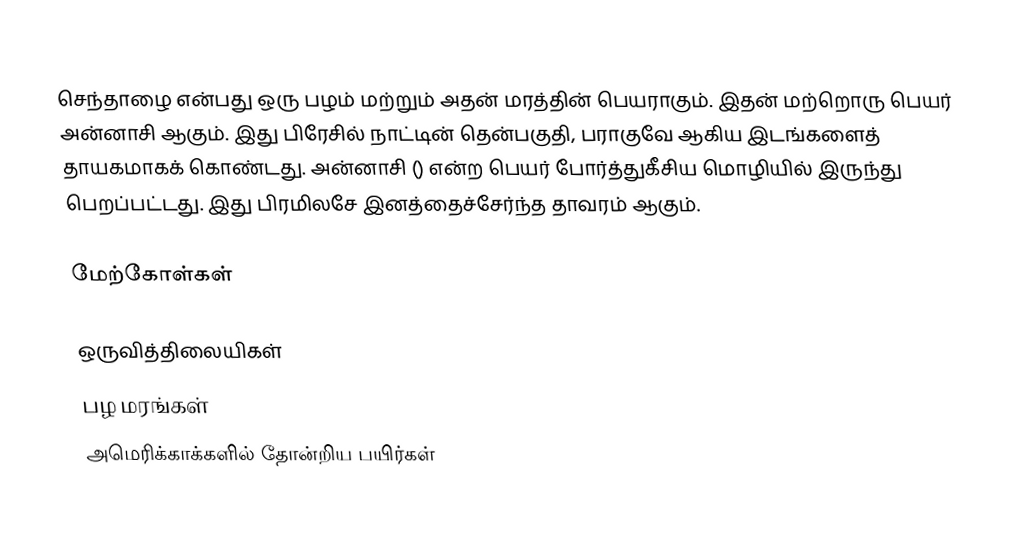
செந்தாழை என்பது ஒரு பழம் மற்றும் அதன் மரத்தின் பெயராகும். இதன் மற்றொரு பெயர் அன்னாசி ஆகும். இது பிரேசில் நாட்டின் தென்பகுதி, பராகுவே ஆகிய இடங்களைத் தாயகமாகக் கொண்டது. அன்னாசி () என்ற பெயர் போர்த்துகீசிய மொழியில் இருந்து பெறப்பட்டது. இது பிரமிலசே இனத்தைச்சேர்ந்த தாவரம் ஆகும்.

மேற்கோள்கள்

ஒருவித்திலையிகள்
பழ மரங்கள்
அமெரிக்காக்களில் தோன்றிய பயிர்கள்